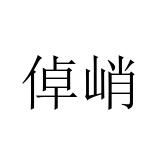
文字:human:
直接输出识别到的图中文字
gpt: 倬峭